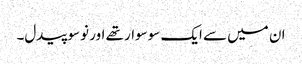
ان میں سے ایک سوسوار تھے اور نوسو پیدل۔